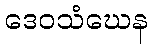
ဒေဝသံဃေန